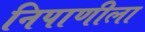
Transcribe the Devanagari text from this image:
निपाणीला